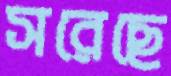
সরেছে